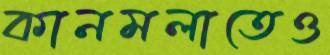
কানমলাতেও